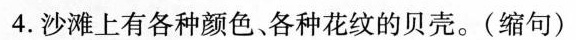
4.沙滩上有各种颜色、各种花纹的贝壳。(缩句)